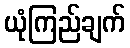
ယုံကြည်ချက်